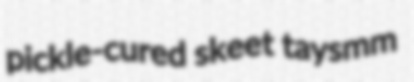
pickle-cured skeet taysmm